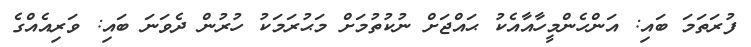
ފުރަތަމަ ބައި: އަންހެންމީހާއާއެކު ޙައްޖަށް ނުކުތުމަށް މަޙުރަމަކު ހުރުން ދެވަނަ ބައި: ވަރިއެއްގެ